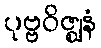
ပုဗ္ဗဝိဇ္ဈနံ